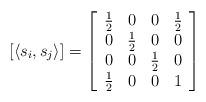
LaTeX: \begin{align*} [\langle s_i, s_j \rangle] = \left [ \begin{array}{cccc} \frac 12 & 0 & 0 & \frac 12 \\ 0 & \frac 12 & 0 & 0 \\ 0 & 0 & \frac 12 & 0 \\ \frac 12 & 0 & 0 & 1 \end{array} \right ] \end{align*}